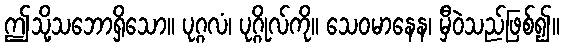
ဤသို့သဘောရှိသော။ ပုဂ္ဂလံ၊ ပုဂ္ဂိုလ်ကို။ သေဝမာနေန၊ မှီဝဲသည်ဖြစ်၍။